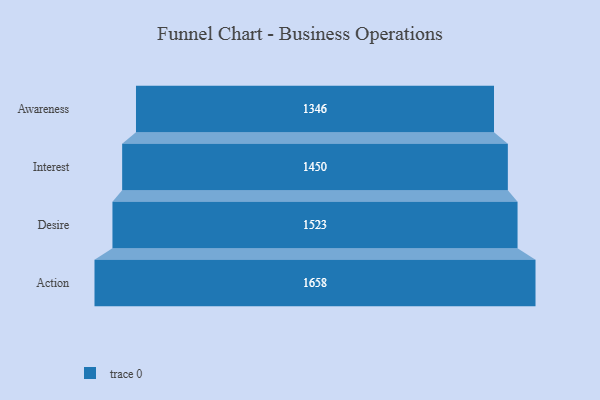
{"axis": {"x": "Stage", "y": "Value"}, "legend": [""], "data": [{"x": "Awareness", "y": 1346.0, "type": ""}, {"x": "Interest", "y": 1450.0, "type": ""}, {"x": "Desire", "y": 1523.0, "type": ""}, {"x": "Action", "y": 1658.0, "type": ""}]}